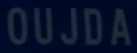
OUJDA